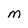
Character: M